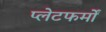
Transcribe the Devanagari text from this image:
प्‍लेटफर्मों